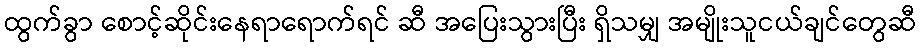
ထွက်ခွာ စောင့်ဆိုင်းနေရာရောက်ရင် ဆီ အပြေးသွားပြီး ရှိသမျှ အမျိုးသူငယ်ချင်တွေဆီ